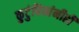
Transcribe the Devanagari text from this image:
कुटुंबियांनीही